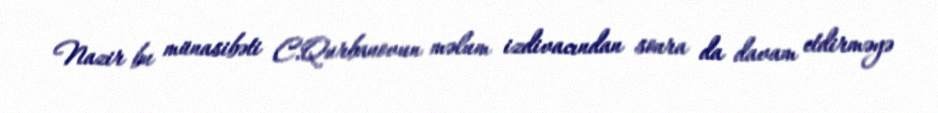
Nazir bu münasibəti C.Qurbanovun məlum izdivacından sonra da davam etdirməyə